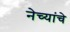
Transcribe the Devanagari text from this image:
नेच्यांचे